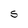
Character: S